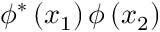
\phi ^ { * } \left( x _ { 1 } \right) \phi \left( x _ { 2 } \right)